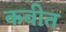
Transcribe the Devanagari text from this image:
कवीत